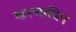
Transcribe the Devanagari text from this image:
करणाधिप